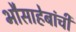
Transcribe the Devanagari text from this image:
भौसाहेबांची